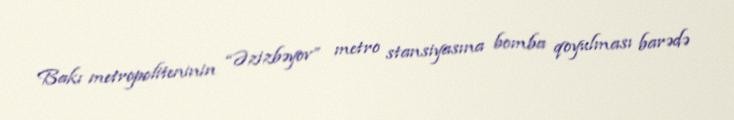
Bakı metropoliteninin “Əzizbəyov” metro stansiyasına bomba qoyulması barədə